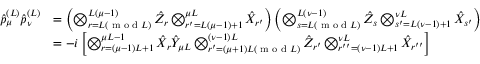
\begin{array} { r l } { \hat { p } _ { \mu } ^ { ( L ) } \hat { p } _ { \nu } ^ { ( L ) } } & { = \left( \bigotimes _ { r = L ( \textrm { m o d } L ) } ^ { L ( \mu - 1 ) } \hat { Z } _ { r } \bigotimes _ { r ^ { \prime } = L ( \mu - 1 ) + 1 } ^ { \mu L } \hat { X } _ { r ^ { \prime } } \right) \left( \bigotimes _ { s = L ( \textrm { m o d } L ) } ^ { L ( \nu - 1 ) } \hat { Z } _ { s } \bigotimes _ { s ^ { \prime } = L ( \nu - 1 ) + 1 } ^ { \nu L } \hat { X } _ { s ^ { \prime } } \right) } \\ & { = - i \left[ \bigotimes _ { r = ( \mu - 1 ) L + 1 } ^ { \mu L - 1 } \hat { X } _ { r } \hat { Y } _ { \mu L } \bigotimes _ { r ^ { \prime } = ( \mu + 1 ) L ( \textrm { m o d } L ) } ^ { ( \nu - 1 ) L } \hat { Z } _ { r ^ { \prime } } \bigotimes _ { r ^ { \prime \prime } = ( \nu - 1 ) L + 1 } ^ { \nu L } \hat { X } _ { r ^ { \prime \prime } } \right] } \end{array}